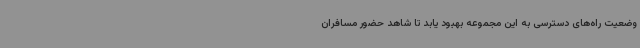
وضعیت راه‌های دسترسی به این مجموعه بهبود یابد تا شاهد حضور مسافران